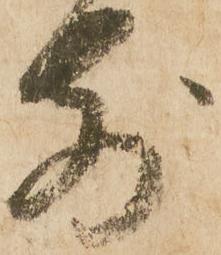
前